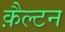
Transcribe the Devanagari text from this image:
क़ैल्टन